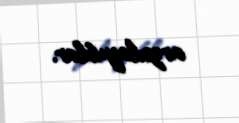
arzulayıblar.